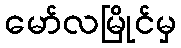
မော်လမြိုင်မှ